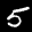
Label: 5